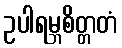
ဥပါရမ္ဘစိတ္တတံ